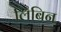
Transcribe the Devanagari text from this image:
लिबिन